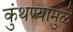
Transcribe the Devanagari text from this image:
कुंथण्यामुळे